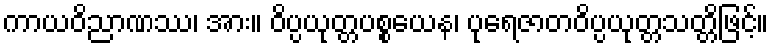
ကာယဝိညာဏဿ၊ အား။ ဝိပ္ပယုတ္တပစ္စယေန၊ ပုရေဇာတဝိပ္ပယုတ္တသတ္တိဖြင့်။